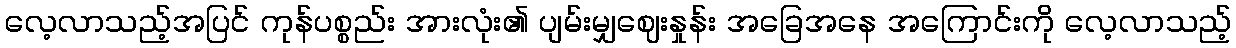
လေ့လာသည့်အပြင် ကုန်ပစ္စည်း အားလုံး၏ ပျမ်းမျှဈေးနှုန်း အခြေအနေ အကြောင်းကို လေ့လာသည့်